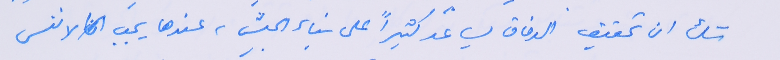
شك ان تحقيق الوفاق يساعد كثيراً على بناء الجيش، عندها يجب ان لا ننسى